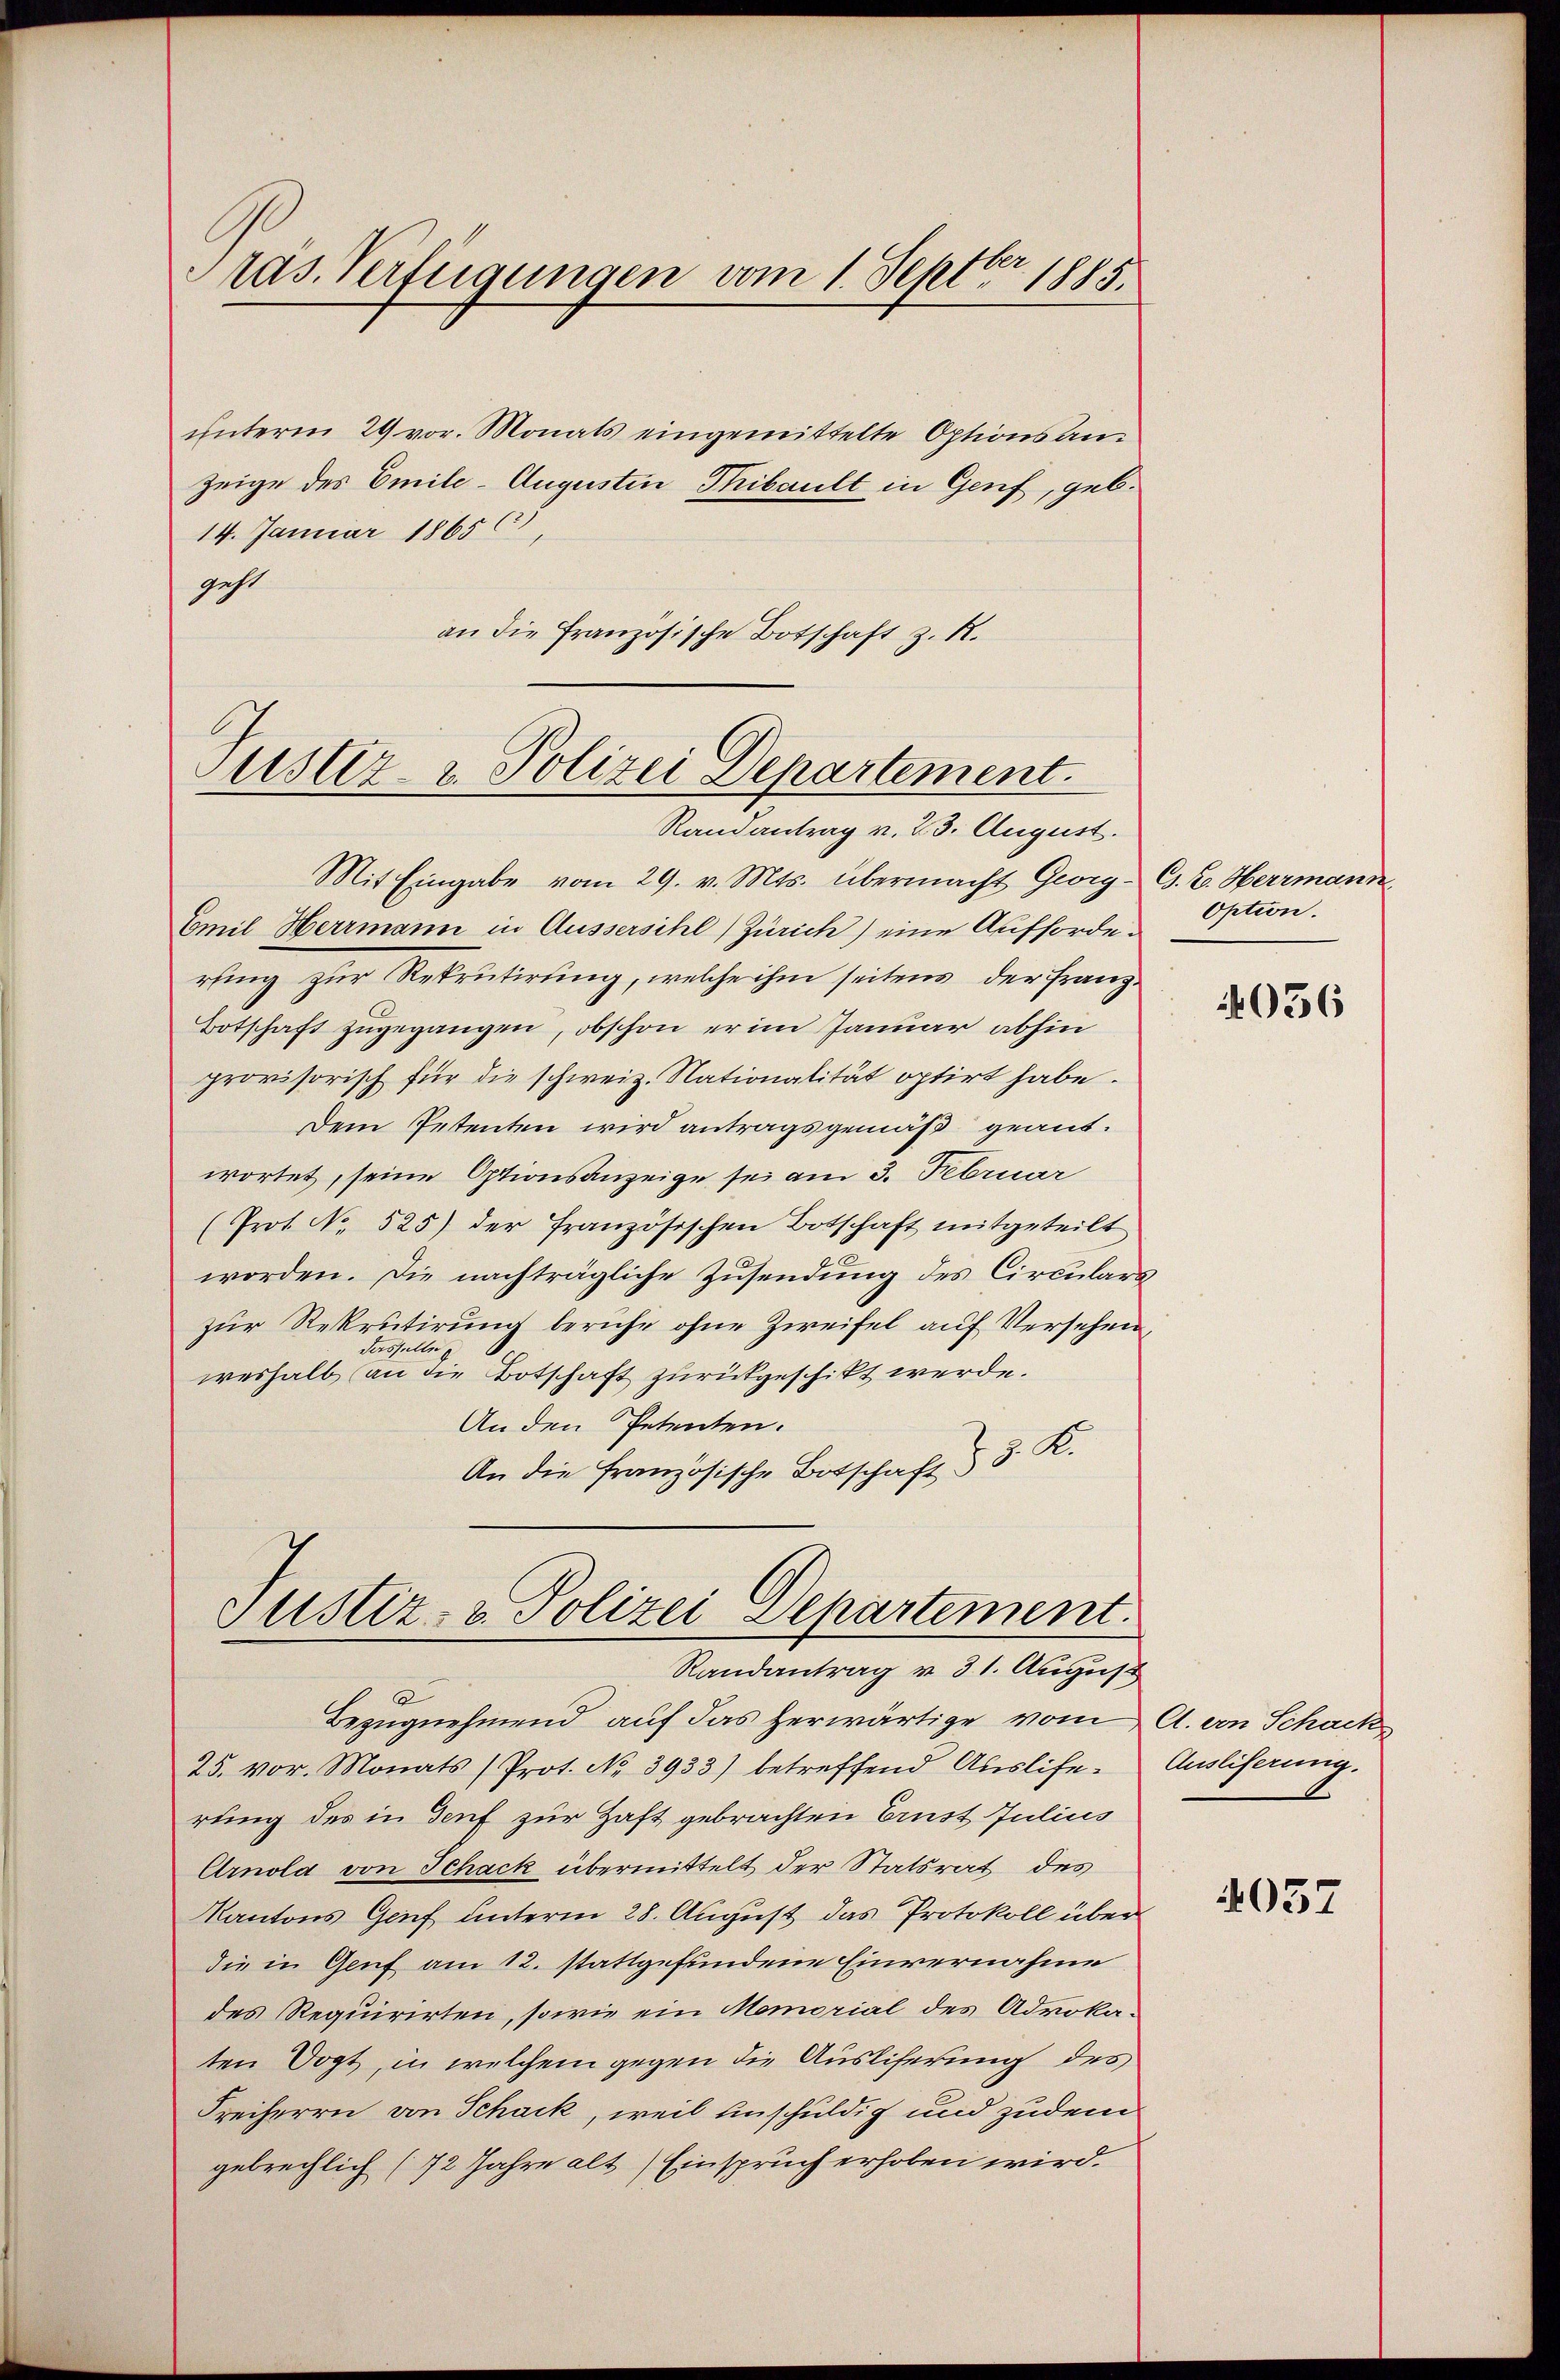
ras. Verfügungen vom 1. Septbr 1885.

unterm 29 vor. Monats eingemittelte Optionsan¬
Zeige des Emile-Augustin Thibault in Genf, geb.
14. Januar 18656),
geht
an die Französische Botschaft z. R.

Justiz- & Polizei Departement.
Randantrag v. 23. August.

Justiz- & Polizei Departement.
Randantrag v. 31. August

Mit Eingabe vom 29. v. Mts. übermacht Georg - C. C. Herrmann
Emil Herrmann in Aussersihl, Zürich) eine Aufforderfing zur Rekrutirung, welche ihm seitens der Franz¬
Botschaft zugegangen, obschon er im Januar abhin
provisorisch für die schweiz. Nationalität optirt habe.
Dem Petenten wird antragsgemäß geantwortet, seine Optionsanzeige sei am 3. Februar
(Prot. No 525) der französischen Botschaft mitgeteilt
worden. Die nachträgliche Zusendung des Circulars
zur Rekrutirung beruhe ohne Zweifel auf Versehendasselbe
weshalb an die Botschaft zurückgeschikt werde.
An den Petenten.
An die Französische Botschaft & 3. K.

e
Bezugnehmend auf das herwärtige vom A. von Schack
25. vor. Monats (Prot. No. 3933) betreffend Auslife- Ausliserung.
rung des in Genf zur Haft gebrachten Ernst Julius
Arnola von Schack übermittelt der Statsrat des
Kantons Grief unterm 28. August das Protokoll über
die in Genf am 12. stattgefundene Einvernahme
des Requirirten, sowie ein Memorial des Advokaten Vogt, in welchem gegen die Ausliferung des
Freiherrn von Schack, weil unschuldig und zudem
gebrechlich (72 Jahre alt) Einspruch erhoben wird.

Option.

4036

4057